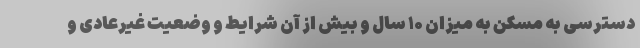
دسترسی به مسکن به میزان ۱۰ سال و بیش از آن شرایط و وضعیت غیرعادی و